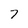
Character: 7